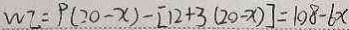
w I = P ( 2 0 - x ) - [ 1 2 + 3 ( 2 0 - x ) ] = 1 0 8 - 6 x